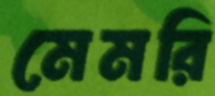
মেমরি